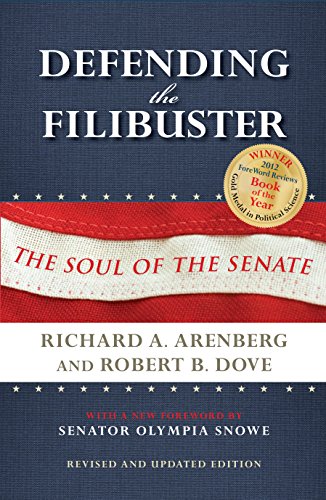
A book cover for Defending the Filibuster, Revised and Updated Edition: The Soul of the Senate; Richard A. Arenberg; Law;